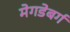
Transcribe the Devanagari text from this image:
मेगडेबर्ग